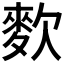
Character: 𪌒